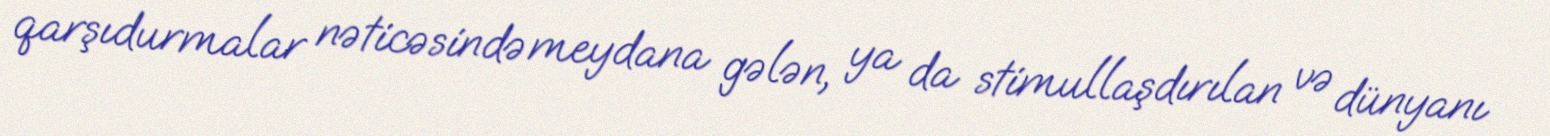
qarşıdurmalar nəticəsində meydana gələn, ya da stimullaşdırılan və dünyanı